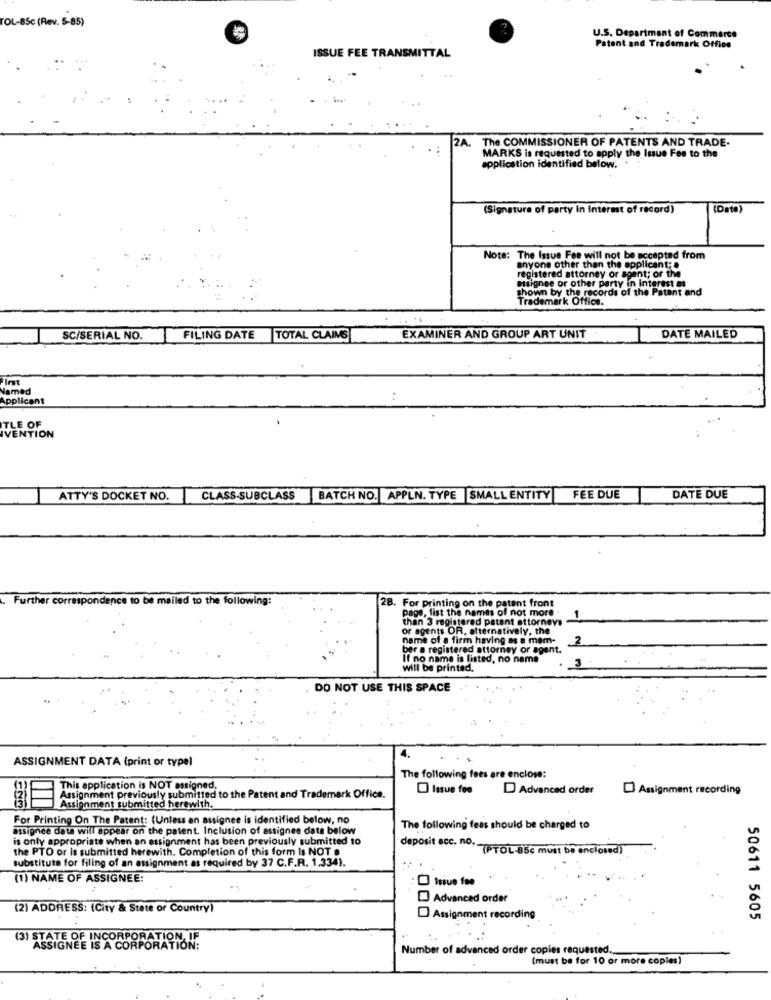
TOL-85c (Rev. 5-85)
U.S. Department of Commerce
ISSUE FEE TRANSMITTAL
Patent and Trademark Office
2A.
The COMMISSIONER OF PATENTS AND TRADE.
MARKS is requested to apply the Issue Fee to the
application identified below. .
(Signature of party in Interest of record)
(Dato)
Note: The Issue Fee will not be accepted from
anyone other than the applicant; .
registered attorney or agent; or the
asignee or other party in Interest as
shown by the records of the Patent and
Trademark Office.
SC/SERIAL NO.
FILING DATE TOTAL CLAIMS
EXAMINER AND GROUP ART UNIT
DATE MAILED
lamed
Applicant
TLE OF
VENTION
ATTY'S DOCKET NO.
CLASS-SUBCLASS
BATCH NO. APPLN. TYPE |SMALL ENTITY
FEE DUE
DATE DUE
Further correspondence to be mailed to the following:
2B. For printing on the patent front
page, list the names of not more
than 3 registered patent attorneys
-
or agents OR, alternatively, the
name of a firm having as a mem-
2
ber a registered attorney or agent.
If no name is listed, no name
will be printed.
DO NOT USE THIS SPACE
ASSIGNMENT DATA (print or typel
The following fees are enclose:
This application is NOT assigned.
Issue fee
Advanced order
Assignment recording
Assignment previously submitted to the Patent and Trademark Office.
Assignment submitted herewith.
For Printing On The Patent: (Unless an assignee is identified below, no
assignee data will appear on the patent. Inclusion of assignee dats below
The following fees should be charged to
is only appropriate when an assignment has been previously submitted to
the PTO or Is submitted herewith. Completion of this form Is NOT a
deposit ecc. no. - (STOL 85€ must be enclosed)
substitute for filing of an assignment as required by 37 C.F.R. 1.334).
(1) NAME OF ASSIGNEE:
Advanced order
(2) ADDRESS: (City & State or Country)
Assignment recording
50611 5605
(3) STATE OF INCORPORATION, IF
ASSIGNEE IS A CORPORATION:
Number of advanced order copies requested ...
(must be for 10 or more copies)